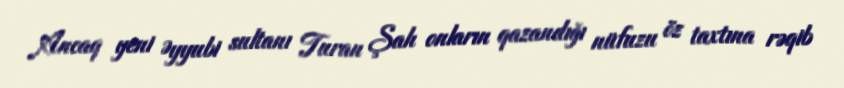
Ancaq yeni Əyyubi sultanı Turan Şah onların qazandığı nüfuzu öz taxtına rəqib